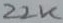
Text: 22K